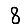
Digit: 8